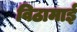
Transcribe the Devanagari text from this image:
विठामाई